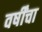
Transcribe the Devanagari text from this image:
वर्षींचा